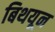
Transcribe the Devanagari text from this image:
बिथयून